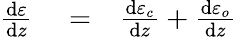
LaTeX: \begin{array}{rlr}{\frac{\mathrm{d}\varepsilon}{\mathrm{d}z}}&{{}=}&{\frac{\mathrm{d}\varepsilon_{c}}{\mathrm{d}z}+\frac{\mathrm{d}\varepsilon_{o}}{\mathrm{d}z}}\end{array}